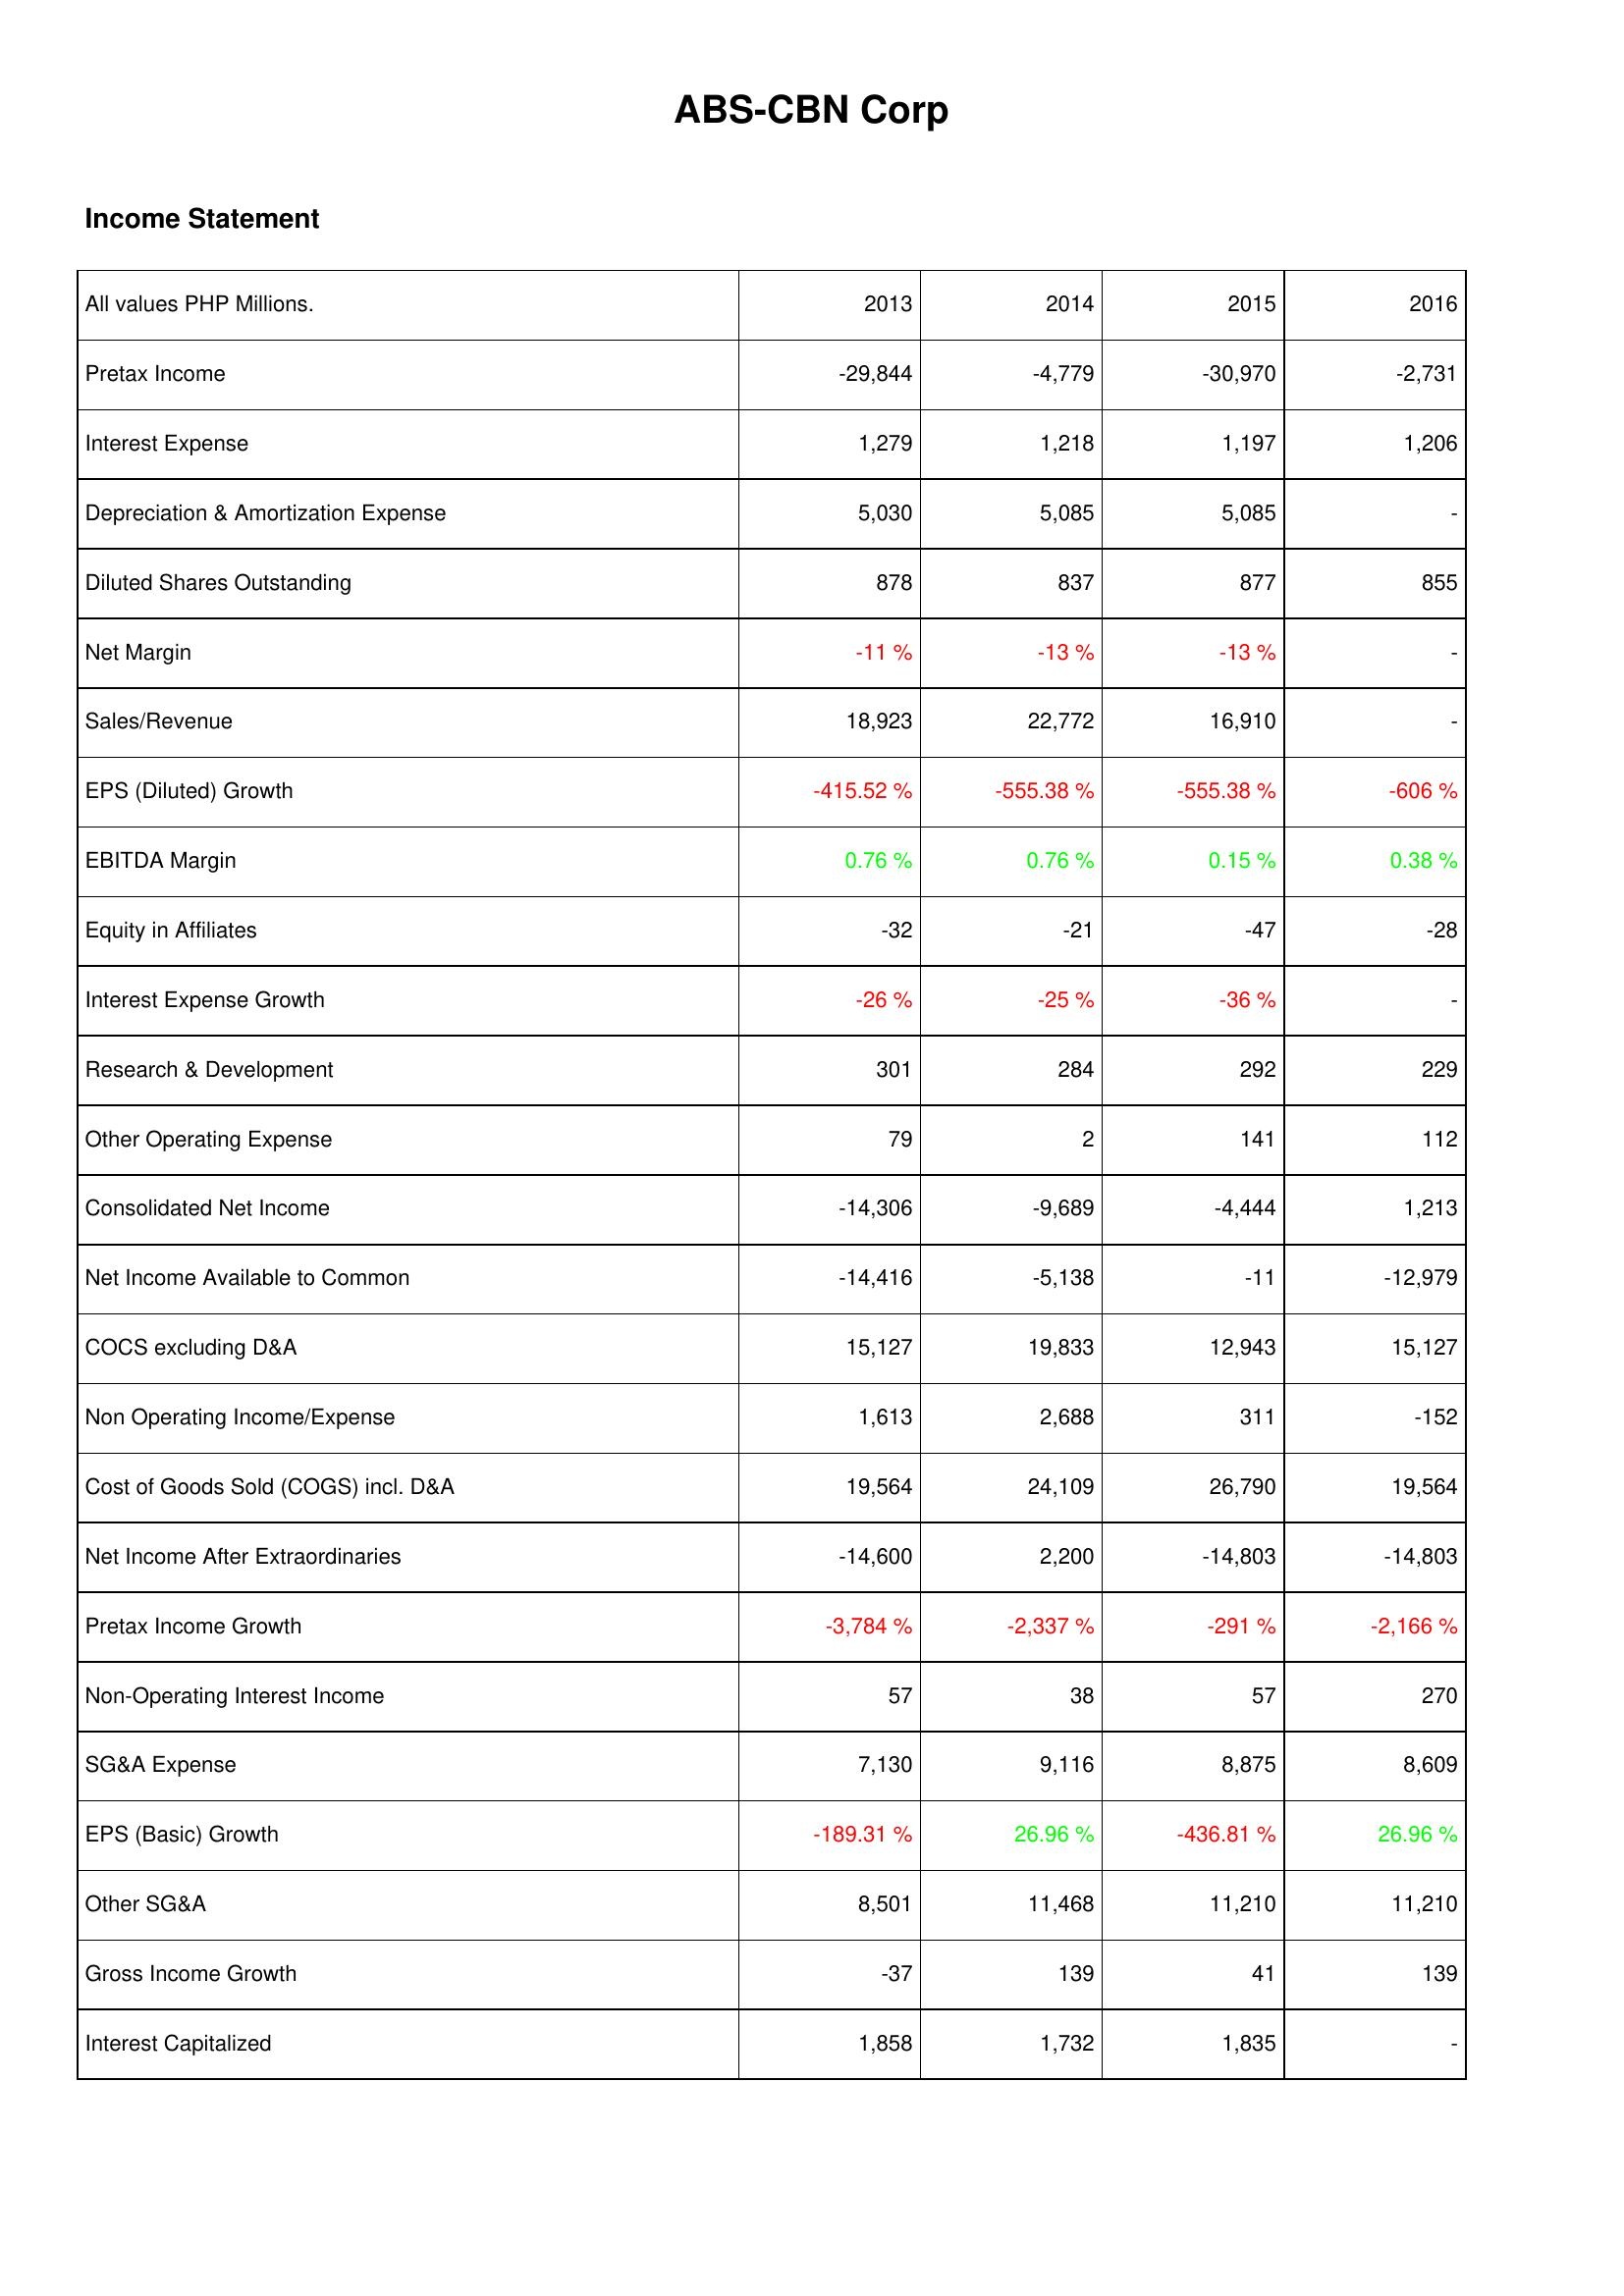
2013: Income Statement: Pretax Income: -29,844
Interest Expense: 1,279
Depreciation & Amortization Expense: 5,030
Diluted Shares Outstanding: 878
Net Margin: -11 %
Sales/Revenue: 18,923
EPS (Diluted) Growth: -415.52 %
EBITDA Margin: 0.76 %
Equity in Affiliates: -32
Interest Expense Growth: -26 %
Research & Development: 301
Other Operating Expense: 79
Consolidated Net Income: -14,306
Net Income Available to Common: -14,416
COCS excluding D&A: 15,127
Non Operating Income/Expense: 1,613
Cost of Goods Sold (COGS) incl. D&A: 19,564
Net Income After Extraordinaries: -14,600
Pretax Income Growth: -3,784 %
Non-Operating Interest Income: 57
SG&A Expense: 7,130
EPS (Basic) Growth: -189.31 %
Other SG&A: 8,501
Gross Income Growth: -37
Interest Capitalized: 1,858
2014: Income Statement: Pretax Income: -4,779
Interest Expense: 1,218
Depreciation & Amortization Expense: 5,085
Diluted Shares Outstanding: 837
Net Margin: -13 %
Sales/Revenue: 22,772
EPS (Diluted) Growth: -555.38 %
EBITDA Margin: 0.76 %
Equity in Affiliates: -21
Interest Expense Growth: -25 %
Research & Development: 284
Other Operating Expense: 2
Consolidated Net Income: -9,689
Net Income Available to Common: -5,138
COCS excluding D&A: 19,833
Non Operating Income/Expense: 2,688
Cost of Goods Sold (COGS) incl. D&A: 24,109
Net Income After Extraordinaries: 2,200
Pretax Income Growth: -2,337 %
Non-Operating Interest Income: 38
SG&A Expense: 9,116
EPS (Basic) Growth: 26.96 %
Other SG&A: 11,468
Gross Income Growth: 139
Interest Capitalized: 1,732
2015: Income Statement: Pretax Income: -30,970
Interest Expense: 1,197
Depreciation & Amortization Expense: 5,085
Diluted Shares Outstanding: 877
Net Margin: -13 %
Sales/Revenue: 16,910
EPS (Diluted) Growth: -555.38 %
EBITDA Margin: 0.15 %
Equity in Affiliates: -47
Interest Expense Growth: -36 %
Research & Development: 292
Other Operating Expense: 141
Consolidated Net Income: -4,444
Net Income Available to Common: -11
COCS excluding D&A: 12,943
Non Operating Income/Expense: 311
Cost of Goods Sold (COGS) incl. D&A: 26,790
Net Income After Extraordinaries: -14,803
Pretax Income Growth: -291 %
Non-Operating Interest Income: 57
SG&A Expense: 8,875
EPS (Basic) Growth: -436.81 %
Other SG&A: 11,210
Gross Income Growth: 41
Interest Capitalized: 1,835
2016: Income Statement: Pretax Income: -2,731
Interest Expense: 1,206
Depreciation & Amortization Expense: -
Diluted Shares Outstanding: 855
Net Margin: -
Sales/Revenue: -
EPS (Diluted) Growth: -606 %
EBITDA Margin: 0.38 %
Equity in Affiliates: -28
Interest Expense Growth: -
Research & Development: 229
Other Operating Expense: 112
Consolidated Net Income: 1,213
Net Income Available to Common: -12,979
COCS excluding D&A: 15,127
Non Operating Income/Expense: -152
Cost of Goods Sold (COGS) incl. D&A: 19,564
Net Income After Extraordinaries: -14,803
Pretax Income Growth: -2,166 %
Non-Operating Interest Income: 270
SG&A Expense: 8,609
EPS (Basic) Growth: 26.96 %
Other SG&A: 11,210
Gross Income Growth: 139
Interest Capitalized: -